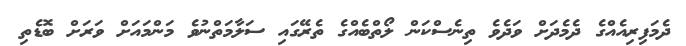
ދެމަފިރިއެއްގެ ދެމެދަށް ވަދެވެ ތިނެސްކަން ލޯތްބެއްގެ ތެރޭގައި ސަލާމަތްނުވެ މަންމައަށް ވަރަށް ބޮޑެތި